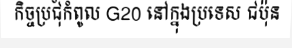
កិច្ចប្រជុំកំពូល G20 នៅក្នុងប្រទេស ជប៉ុន